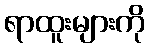
ရာထူးများကို